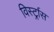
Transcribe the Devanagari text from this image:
विर्स्ट्रास